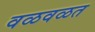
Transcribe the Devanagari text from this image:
वळवळत